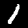
Digit: 1